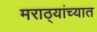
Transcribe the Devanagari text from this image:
मराठ्यांच्यात